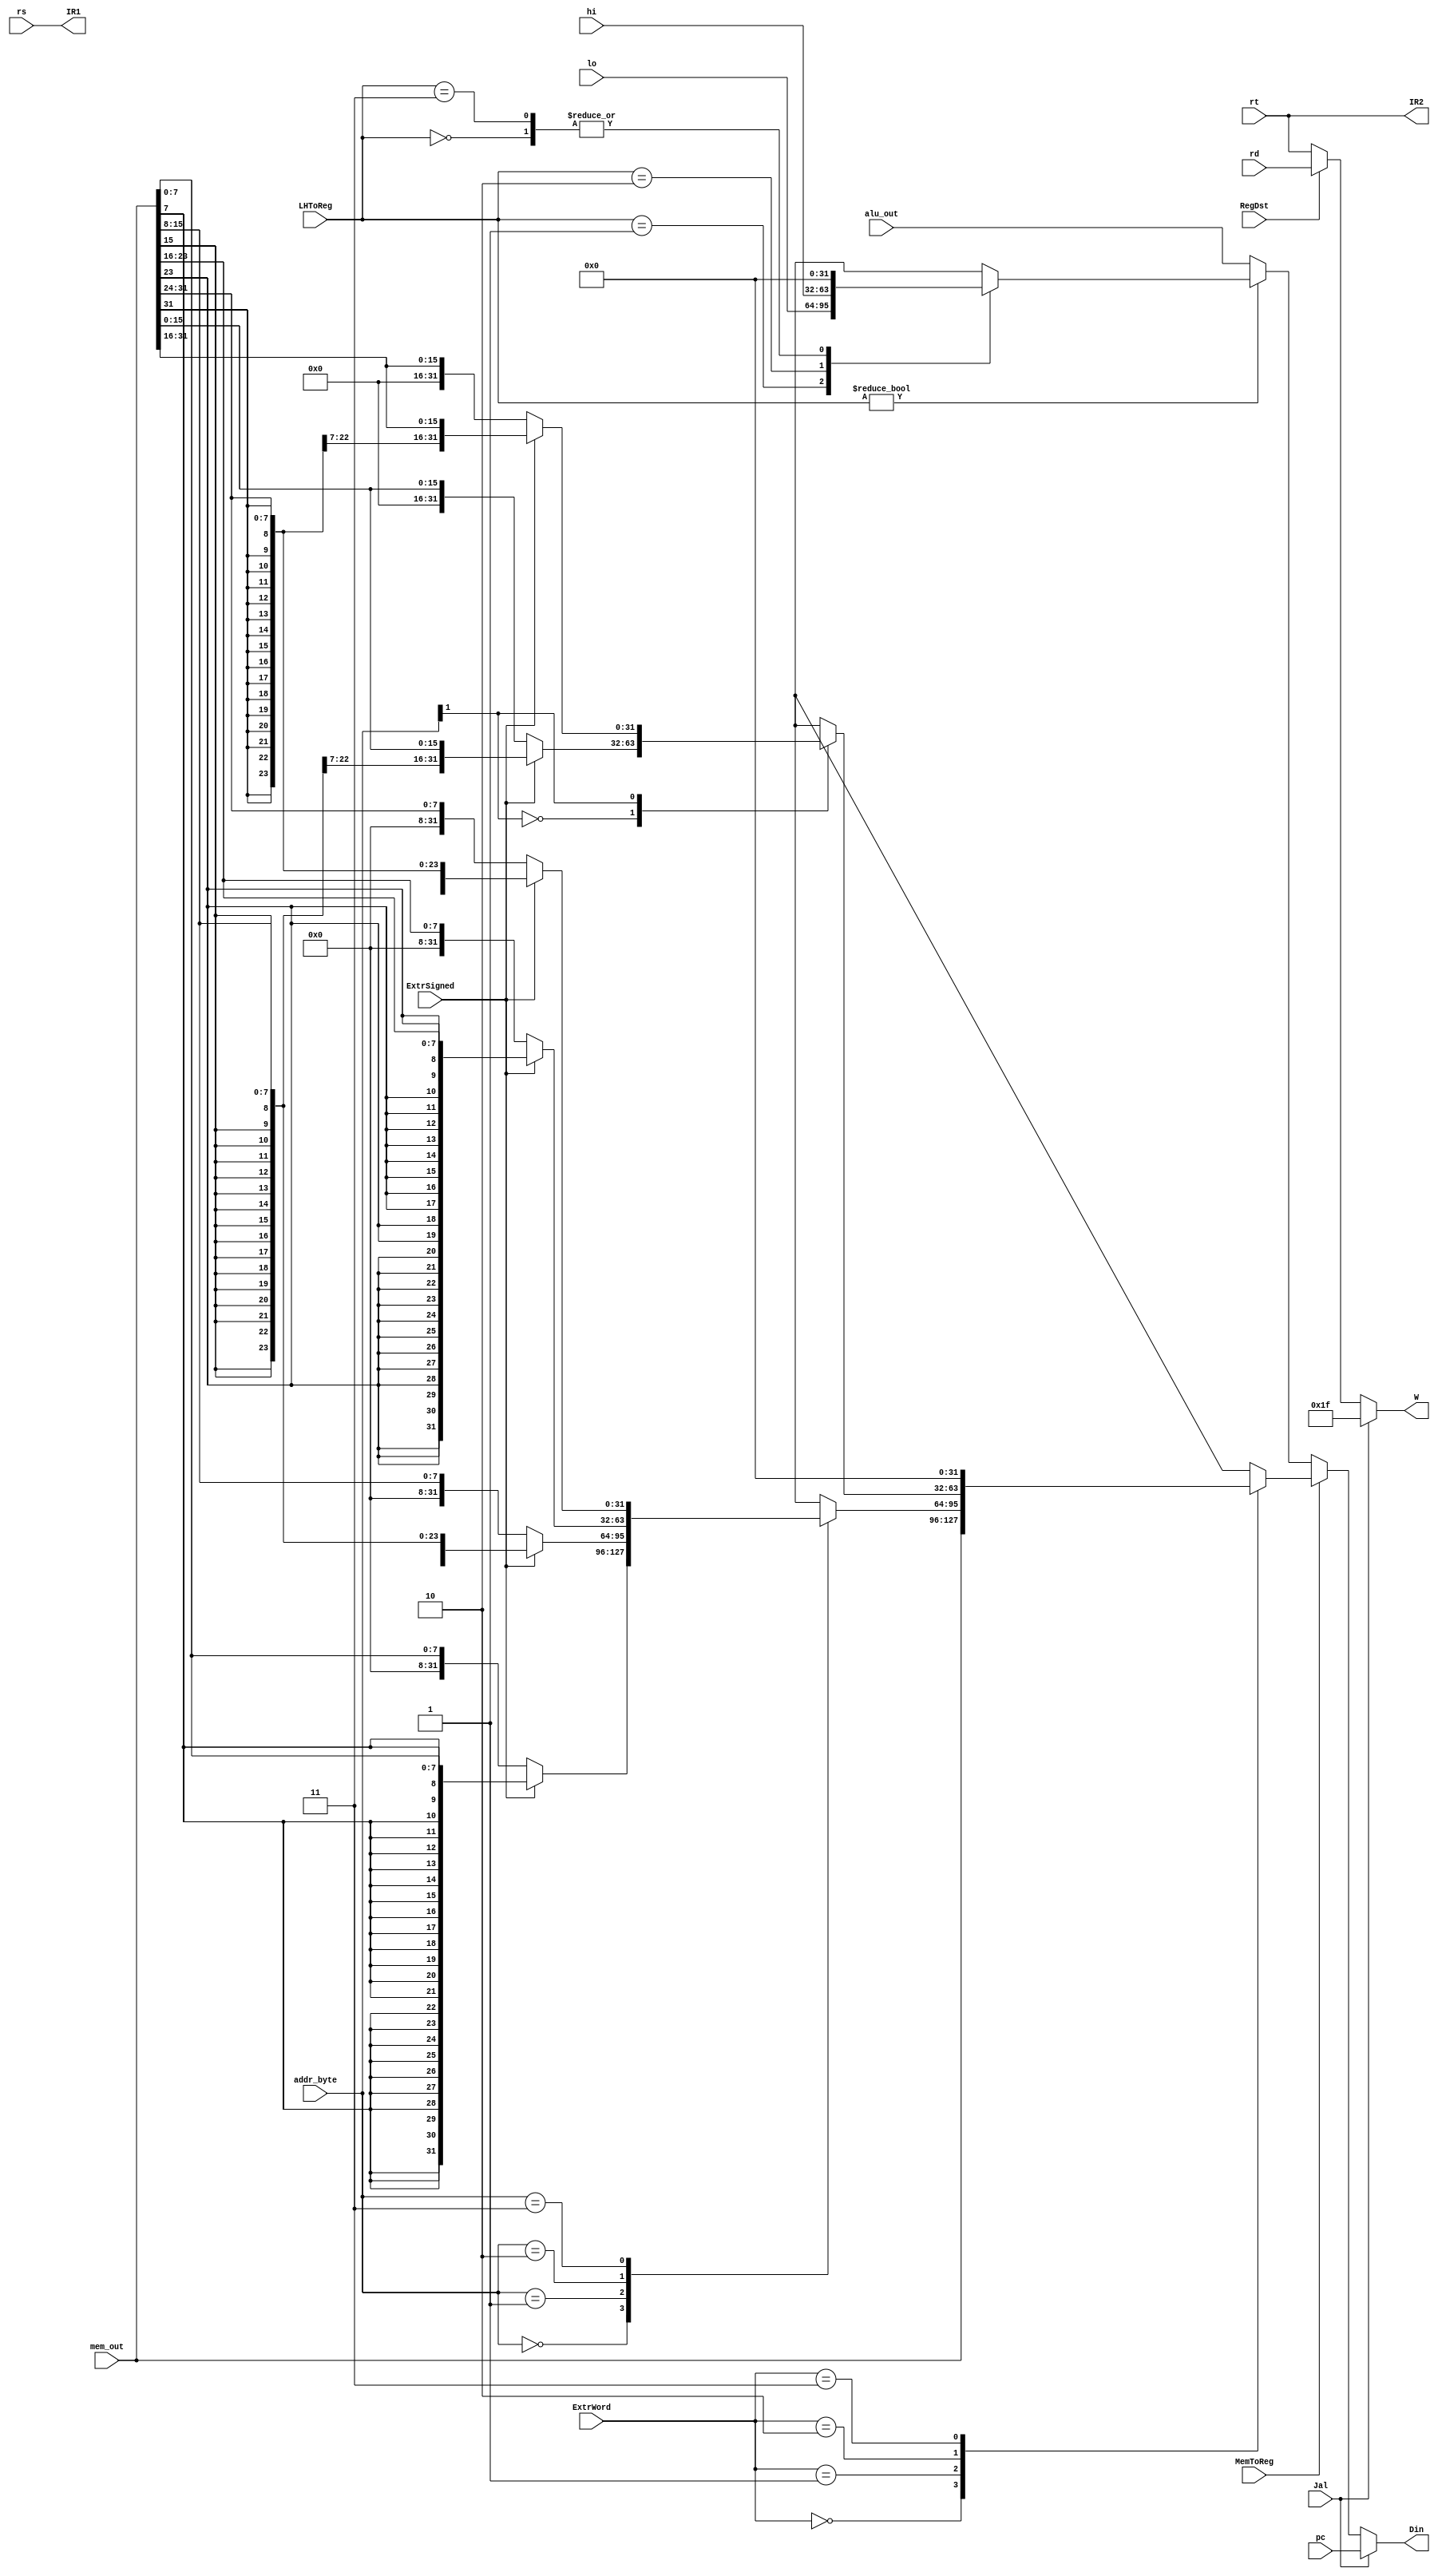
`timescale 1ns / 1ps
//////////////////////////////////////////////////////////////////////////////////
// Version:     2.20 17:05
// Reviewer:
// Review Date:
//////////////////////////////////////////////////////////////////////////////////

// [combinational logic]
// deals with ~RegFile~'s data input selection
module RegfileInputAdapter
#(
    parameter   DATA_BITS   = 32
) (
    // data lines in
    input   wire    [4:0]               rs,
    input   wire    [4:0]               rt,
    input   wire    [4:0]               rd,
    input   wire    [DATA_BITS - 1:0]   alu_out,    // number / memory address calculated
    input   wire    [DATA_BITS - 1:0]   mem_out,
    input   wire    [DATA_BITS - 1:0]   lo,         // from individual multiplier / divider
    input   wire    [DATA_BITS - 1:0]   hi,
    input   wire    [1:0]               addr_byte,  // lower 2 bits from address to memory (aligned)
    input   wire    [DATA_BITS - 1:0]   pc,         // program counter (pointing to next instruction)
    // signals in
    input   wire                        Jal,
    input   wire                        RegDst,
    input   wire                        MemToReg,
    input   wire    [1:0]               ExtrWord,   // extract from memory out @mem_out (valid on `MemToReg` high)
                                                    //    0 - don't extract fields
                                                    //    1 - extract 8-bit byte at given @addr_byte
                                                    //    2 - extract 16-bit halfword at given @addr_byte (aligned)
                                                    //    3 - undefined
    input   wire                        ExtrSigned, // extract (byte or halfword) as signed or unsigned
    input   wire    [1:0]               LHToReg,    // get input from LO / HI special registers
    // real data / index out
    output  wire    [4:0]               IR1,
    output  wire    [4:0]               IR2,
    output  reg     [4:0]               W,          // index of reg to write to
    output  reg     [DATA_BITS - 1:0]   Din         // data to write
);

assign IR1 = rs;
assign IR2 = rt;

always @ * begin
    if (Jal) begin
        W <= 31;    // $ra: return address register
        Din <= pc;
    end else begin
        W <= RegDst ? rd : rt;
        if (MemToReg) begin
            case (ExtrWord)
                0:  Din <= mem_out;
                1:  begin
                    case (addr_byte)
                        0:  Din <= ExtrSigned ? {{24{mem_out[7]}}, mem_out[7:0]} : mem_out[7:0];
                        1:  Din <= ExtrSigned ? {{24{mem_out[15]}}, mem_out[15:8]} : mem_out[15:8];
                        2:  Din <= ExtrSigned ? {{24{mem_out[23]}}, mem_out[23:16]} : mem_out[23:16];
                        3:  Din <= ExtrSigned ? {{24{mem_out[31]}}, mem_out[31:24]} : mem_out[31:24];
                    endcase
                end
                2:  begin
                    case (addr_byte[1])
                        0:  Din <= ExtrSigned ? {{16{mem_out[15]}}, mem_out[15:0]} : mem_out[15:0];
                        1:  Din <= ExtrSigned ? {{16{mem_out[31]}}, mem_out[31:16]} : mem_out[31:16];
                    endcase
                end
                3:  Din <= 0;   // undefined
            endcase
        end else if (LHToReg) begin
            case (LHToReg)
                0:  Din <= 0;   // unreachable
                1:  Din <= lo;
                2:  Din <= hi;
                3:  Din <= 0;   // undefined
            endcase
        end else begin
            Din <= alu_out;
        end
    end
end

endmodule